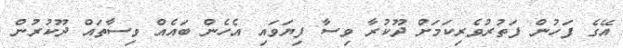
އޭގެ ފަހުން ފަތުރުވެރިކަމަށް ދޫކުރާ ވިސާ ފިޔަވައި އެހެން ބައެއް ވިސާތައް ދޫކުރުން